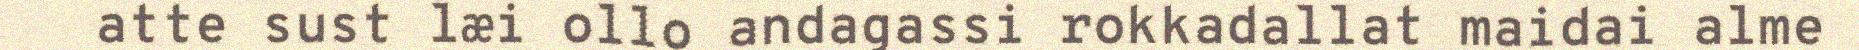
atte sust læi ollo andagassi rokkadallat maidai alme